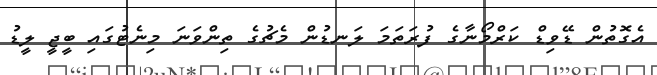
އެގޮތުން ޑޭވިޑް ކަރްމޯނާގެ ފުރަތަމަ ލަނޑުން މެޗުގެ ތިންވަނަ މިނެޓުގައި ބީޖީ ލީޑު